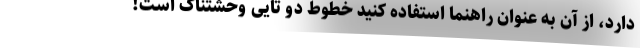
دارد، از آن به عنوان راهنما استفاده کنید خطوط دو تایی وحشتناک است!